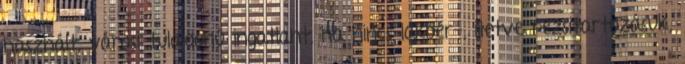
használt, városi tulajdonú ingatlant, ha nincs lakbér-, illetve rezsitartozásuk,